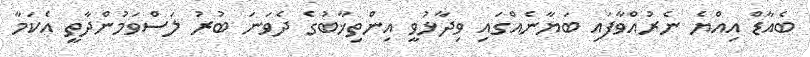
ބެއާޑް އިއްޔެ ނެރުއްވާފައި ބަޔާނެއްގައި ވިދާޅުވީ އިންތިޚާބުގެ ދެވަނަ ބުރު ލަސްވަމުންދާތީ އެކަމާ